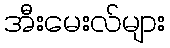
အီးမေးလ်များ